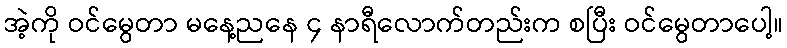
အဲ့ကို ဝင်မွေတာ မနေ့ညနေ ၄ နာရီလောက်တည်းက စပြီး ဝင်မွေတာပေါ့။